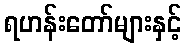
ရဟန်းတော်များနှင့်